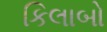
કિલાબો